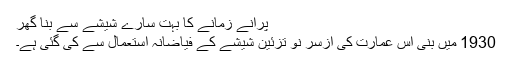
پرانے زمانے کا بہت سارے شیشے سے بنا گھر
1930 میں بنی اس عمارت کی ازسرِ نو تزئین شیشے کے فیاضانہ استعمال سے کی گئی ہے۔